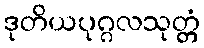
ဒုတိယပုဂ္ဂလသုတ္တံ